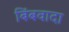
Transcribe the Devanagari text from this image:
बिंबवादा